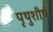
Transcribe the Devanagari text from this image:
पृथुशीर्ष